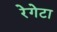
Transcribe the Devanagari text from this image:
रेगेटा